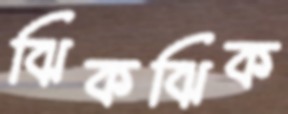
ঝিকঝিক